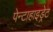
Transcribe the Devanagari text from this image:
पेन्टाहाइड्रेट